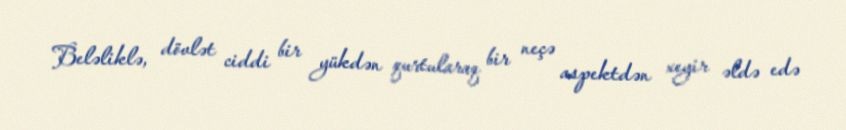
Beləliklə, dövlət ciddi bir yükdən qurtularaq bir neçə aspektdən xeyir əldə edə